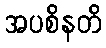
အပစိနတိ